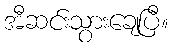
အီဆင်းသွားချေပြီ။